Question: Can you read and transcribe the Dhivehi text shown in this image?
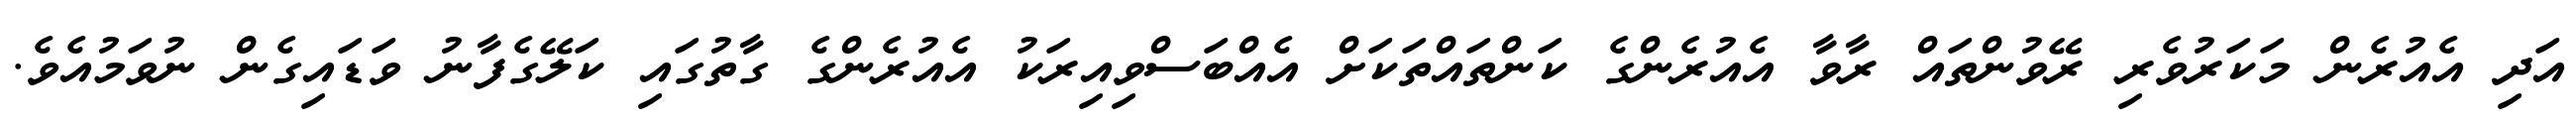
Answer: އަދި އެއުރެން މަކަރުވެރި ރޭވުންތައް ރާވާ އެއުރެންގެ ކަންތައްތަކަށް އެއްބަސްވިއިރަކު އެއުރެންގެ ގާތުގައި ކަލޭގެފާނު ވަޑައިގެން ނުވަމުއެވެ.